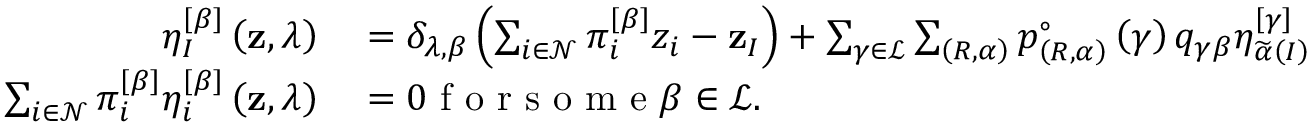
\begin{array} { r l } { \eta _ { I } ^ { \left[ \beta \right] } \left( \mathbf { z } , \lambda \right) } & { { } = \delta _ { \lambda , \beta } \left( \sum _ { i \in \mathcal { N } } \pi _ { i } ^ { \left[ \beta \right] } z _ { i } - \mathbf { z } _ { I } \right) + \sum _ { \gamma \in \mathcal { L } } \sum _ { \left( R , \alpha \right) } p _ { \left( R , \alpha \right) } ^ { \circ } \left( \gamma \right) q _ { \gamma \beta } \eta _ { \widetilde { \alpha } \left( I \right) } ^ { \left[ \gamma \right] } \left( \mathbf { z } , \lambda \right) ; } \\ { \sum _ { i \in \mathcal { N } } \pi _ { i } ^ { \left[ \beta \right] } \eta _ { i } ^ { \left[ \beta \right] } \left( \mathbf { z } , \lambda \right) } & { { } = 0 \textrm { f o r s o m e } \beta \in \mathcal { L } . } \end{array}